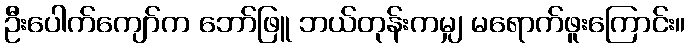
ဦးပေါက်ကျော်က ဘော်ဖြူ ဘယ်တုန်းကမျှ မရောက်ဖူးကြောင်း။